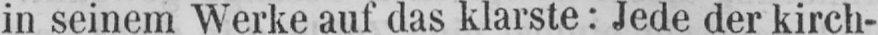
in seinem Werke auf das klarste: Jede der kirch-